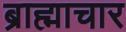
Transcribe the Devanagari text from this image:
ब्राह्माचार